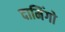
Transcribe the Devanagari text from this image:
दामिंगो